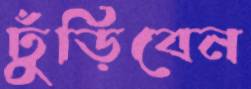
ঢুঁড়িবেন